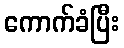
ကောက်ခံပြီး